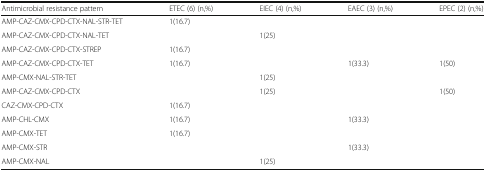
<table><thead><tr><td><b>Antimicrobial resistance pattern</b></td><td><b>ETEC (6) (n,%)</b></td><td><b>EIEC (4) (n,%)</b></td><td><b>EAEC (3) (n,%)</b></td><td><b>EPEC (2) (n,%)</b></td></tr></thead><tbody><tr><td>AMP-CAZ-CMX-CPD-CTX-NAL-STR-TET</td><td>1(16.7)</td><td></td><td></td><td></td></tr><tr><td>AMP-CAZ-CMX-CPD-CTX-NAL-TET</td><td></td><td>1(25)</td><td></td><td></td></tr><tr><td>AMP-CAZ-CMX-CPD-CTX-STREP</td><td>1(16.7)</td><td></td><td></td><td></td></tr><tr><td>AMP-CAZ-CMX-CPD-CTX-TET</td><td>1(16.7)</td><td></td><td>1(33.3)</td><td>1(50)</td></tr><tr><td>AMP-CMX-NAL-STR-TET</td><td></td><td>1(25)</td><td></td><td></td></tr><tr><td>AMP-CAZ-CMX-CPD-CTX</td><td></td><td>1(25)</td><td></td><td>1(50)</td></tr><tr><td>CAZ-CMX-CPD-CTX</td><td>1(16.7)</td><td></td><td></td><td></td></tr><tr><td>AMP-CHL-CMX</td><td>1(16.7)</td><td></td><td>1(33.3)</td><td></td></tr><tr><td>AMP-CMX-TET</td><td>1(16.7)</td><td></td><td></td><td></td></tr><tr><td>AMP-CMX-STR</td><td></td><td></td><td>1(33.3)</td><td></td></tr><tr><td>AMP-CMX-NAL</td><td></td><td>1(25)</td><td></td><td></td></tr></tbody></table>